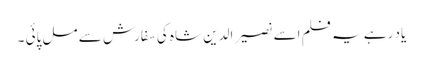
یاد رہے یہ فلم اسے نصیر الدین شاہ کی سفارش سے مل پائی ۔